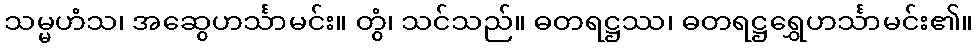
သမ္မဟံသ၊ အဆွေဟင်္သာမင်း။ တွံ၊ သင်သည်။ ဓတရဋ္ဌဿ၊ ဓတရဋ္ဌရွှေဟင်္သာမင်း၏။